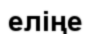
еліңе